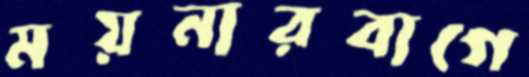
ময়নারবাগে